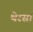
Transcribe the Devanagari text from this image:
थेरसा